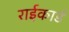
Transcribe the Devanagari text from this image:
राईकार्ड